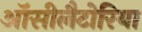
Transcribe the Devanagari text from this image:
ऑसीलैटोरिया